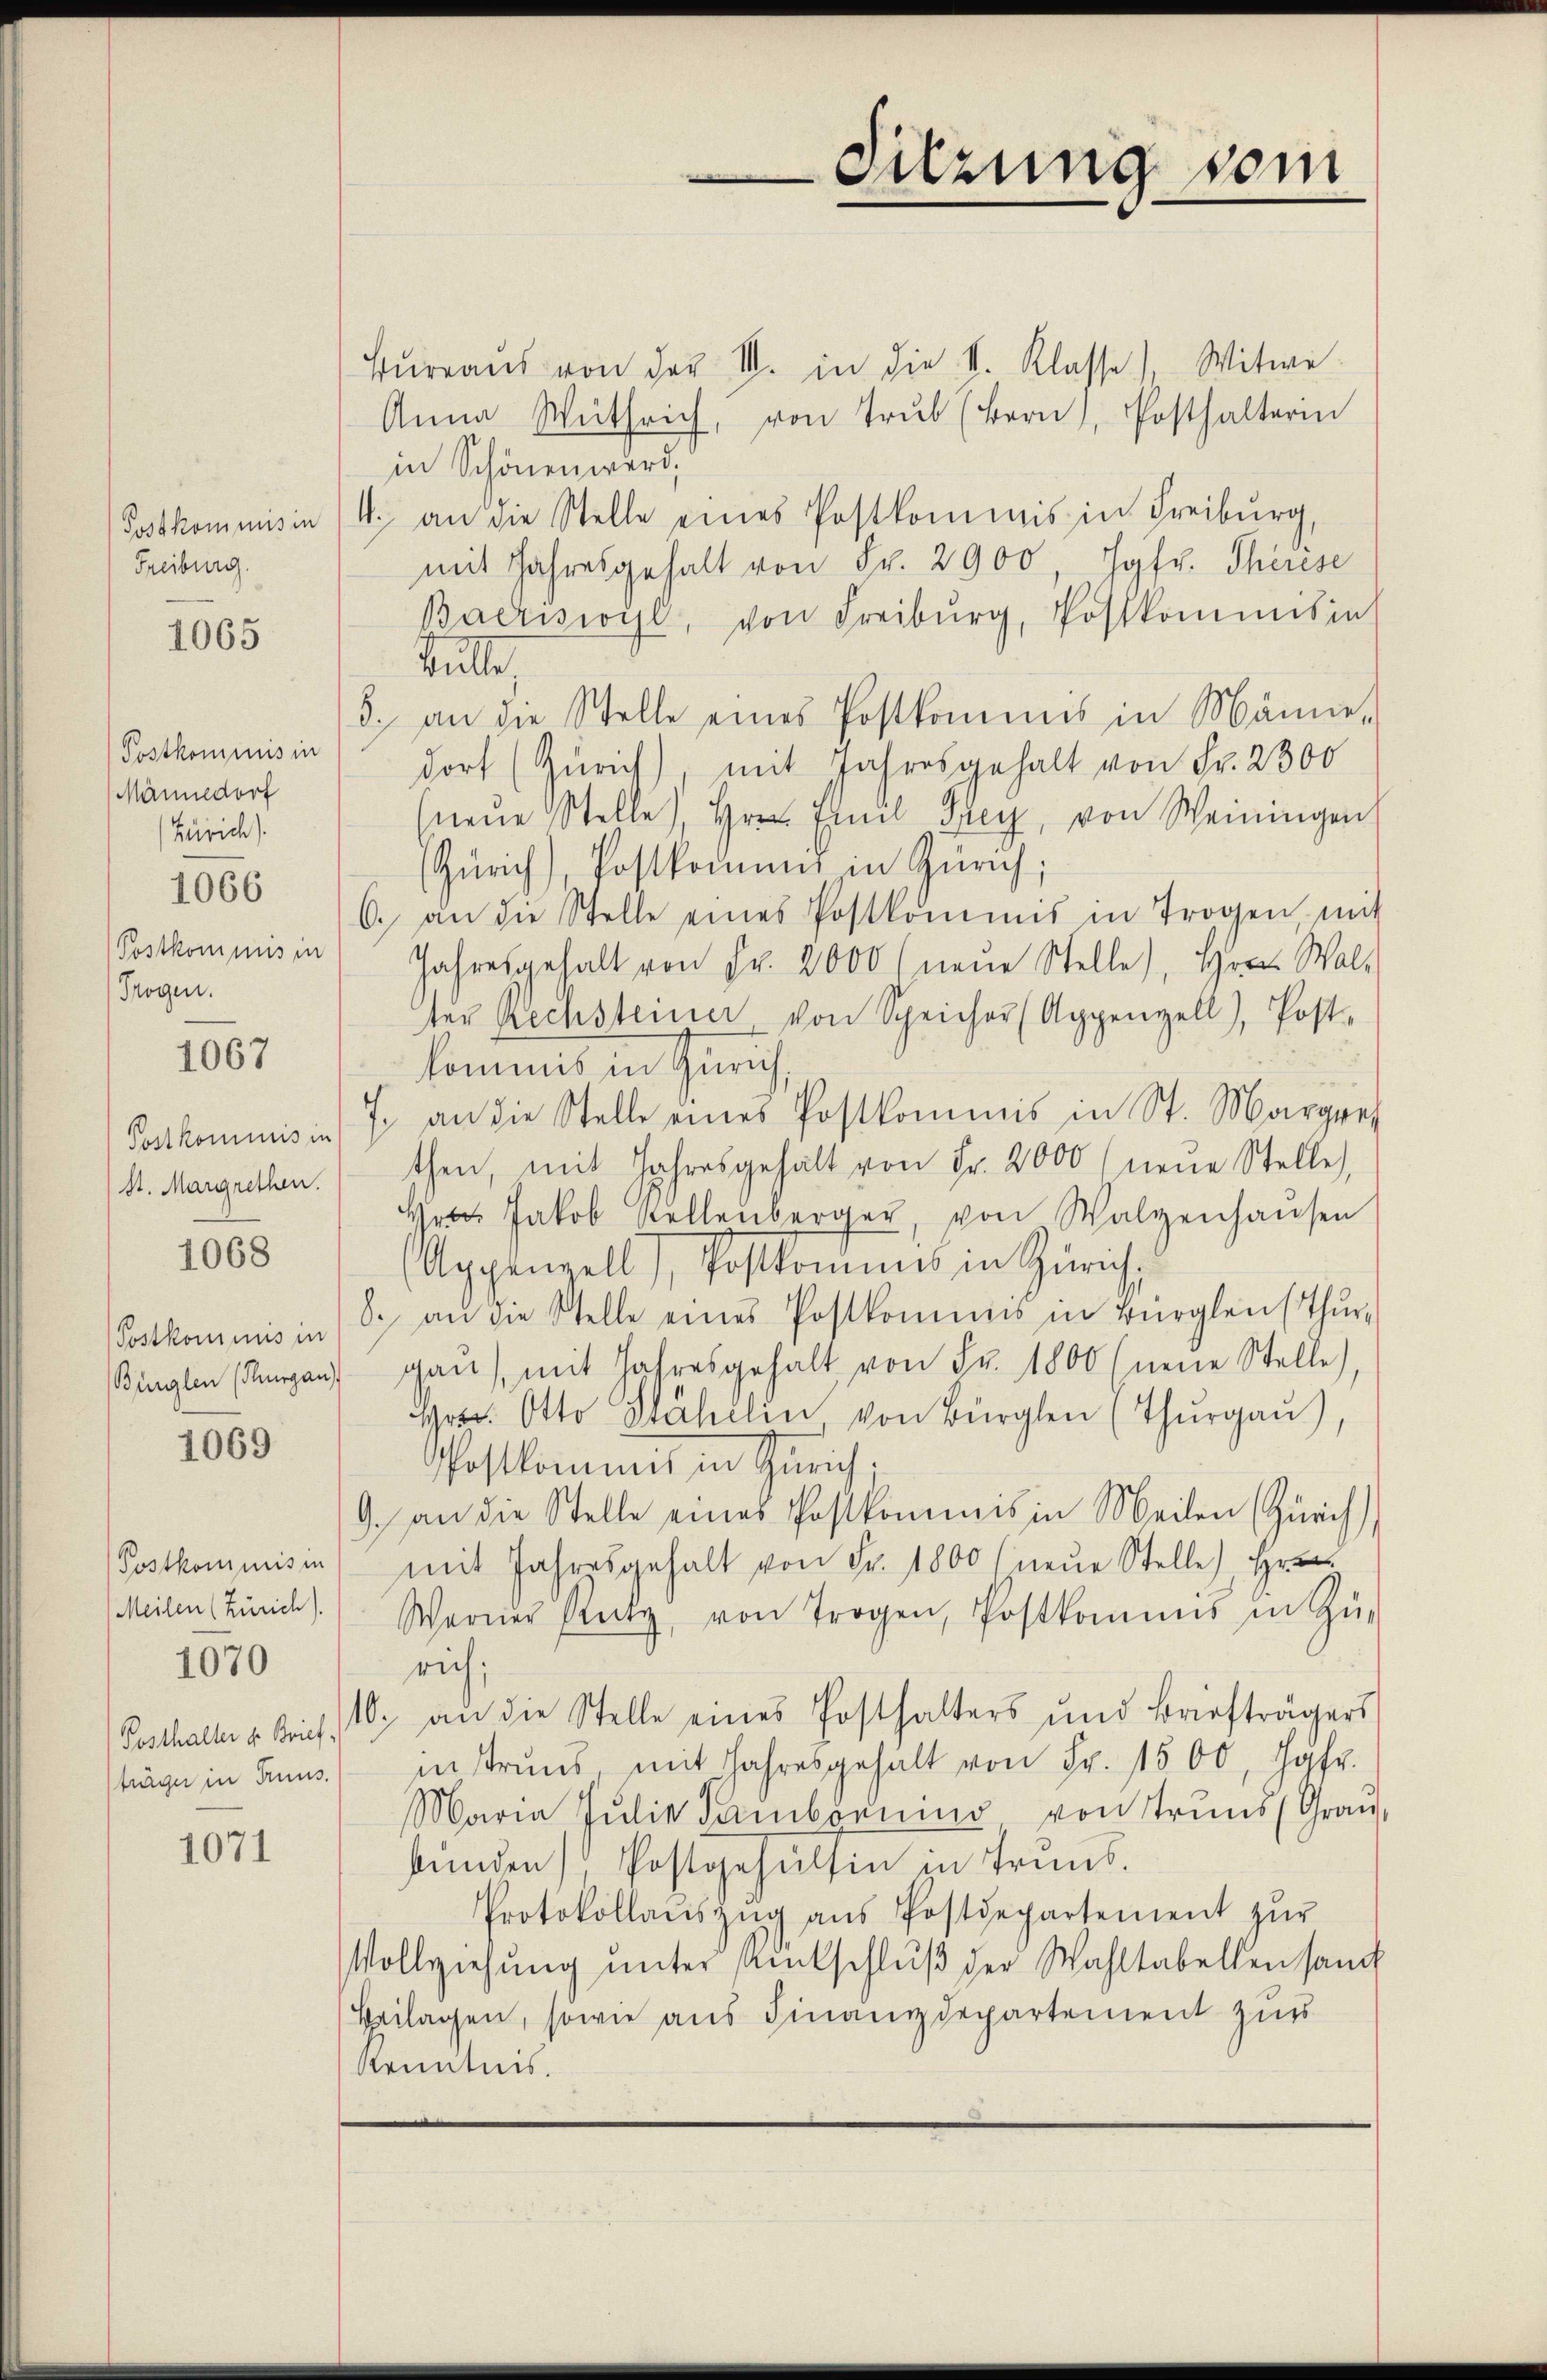
Postkommisin
Freiburg.

1065

Postkommnis in
Männedorf
Zürich)
1066
Postkommis in
Trogen.

1067

Postkommis in
St. Margrethen.

1068

Bunglen (Thurgau

1069

Postkommis in
(Meilen (Zürich).
träge in Truus.

1070

1071

Bŭrraŭs von der III. in die K. Klasse), Witwe
Anna Wüthrich, von Trŭb (Bern), Posthalterin
in Schönen werd
4. an die Stelle eines Postkommis in Freiburg,
mit Jahresgehalt von Fr. 2900, Jgfr. Therese
Bacrisioyl, von Freiburg, Postkommisin
Sute
3. an die Stelle eines Postkommnis in Männe-
dorf (Zürich) mit Jahresgehalt von Fr. 2300
(neŭe Stelle, Hrn. Emil Frey, von Weiningen
(Zürich), Postkomend in Zürich;
6. an die Stelle eines Postkommis in Trogen mit
Jahresgehalt von Fr. 2000 (neue Stelle), Herrn Walt
ter Rechsteiner von Speicher (Appenzell), Post-
kommens in Zürich,
f. an die Stelle eines Postkommis in St. Margre
then, mit Jahresgehalt von Fr. 2000 (neue Stelle,
Hrn. Jakob Stellenberger, von Walzenhaŭsen
Appenzell), Postkommis in Zürich,
Postkommnis in (8. an die Stelle eines Postkommis in Bürglenthŭr-
gan), mit Jahresgehalt von Fr. 1800 (neue Stelle),
Heer. Otto Stähelin von Bürglen (Thŭrgaŭ)
Postkommt in Zürich;
9. an die Stelle eines Postkommis in Meilen (Zürich),
mit Jahresgehalt von Fr. 1800 (neŭe Stelle Hrn.
Werner Reck, von Trogen, Postkommis in Zŭ-
rich;
Pesthalter u. Brief 10. an die Stelle eines Posthalters und Briefträgers
instrand mit Jahresgehalt von Fr. 1500, Hofr
Maria Pŭlie Sambonnin von Trŭnd (Graŭ,
bŭnden Postgehülfen in Trans.
Protokollaŭszŭg aŭs Postdepartement zŭr
Vollziehŭng ŭnter Amtschlŭβ der Wahltabellen sand
Beilagen, sowie aus Finanzdepartement zur
Kenntnis.

Sitzung vom